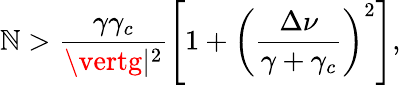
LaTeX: \mathbb{N}>\frac{{\gamma\gamma_{c}}}{{\vertg\vert^{2}}}\left[1+\left(\frac{{\Delta\nu}}{{\gamma+\gamma_{c}}}\right)^{2}\right],